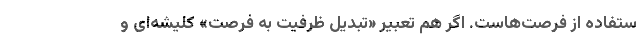
ستفاده از فرصت‌هاست. اگر هم تعبیر «تبدیل ظرفیت به فرصت» کلیشه‌ای و